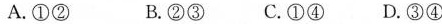
A.①② B.②③C.①④D.③④